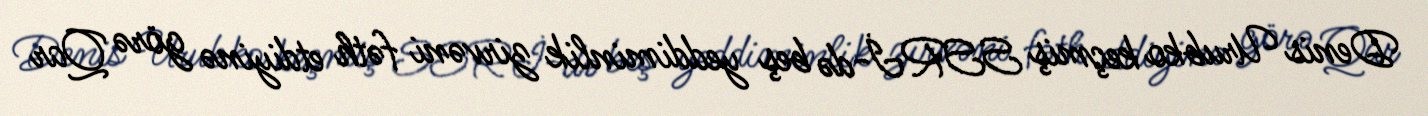
Denis Urubko keçmiş SSRİ-də beş yeddiminlik zirvəni fəth etdiyinə görə Qar